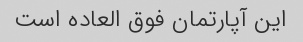
این آپارتمان فوق العاده است